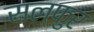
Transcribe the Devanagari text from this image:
सल्फुर